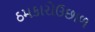
ઠમકારોઉછાળ